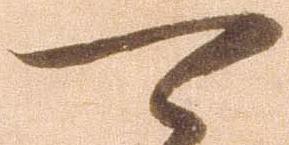
可